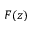
F ( z )